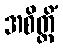
အစိတ္တိံ